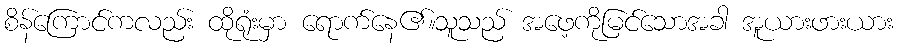
စိန်ကြောင်ကလည်း ထိုရုံးမှာ ရောက်နေ၏။သူသည် အဖေ့ကိုမြင်သောအခါ အူယားဖားယား